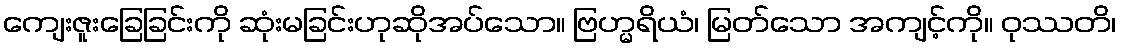
ကျေးဇူးခြေခြင်းကို ဆုံးမခြင်းဟုဆိုအပ်သော။ ဗြဟ္မရိယံ၊ မြတ်သော အကျင့်ကို။ ဝုဿတိ၊